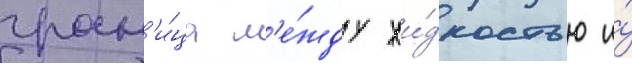
гран'и́ца м'е́жду жи́дкостью и́